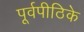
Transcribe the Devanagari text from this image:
पूर्वपीठिके